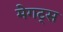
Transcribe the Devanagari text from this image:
मेगट्स